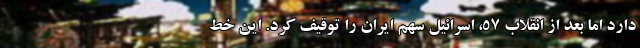
دارد اما بعد از انقلاب 57، اسرائیل سهم ایران را توقیف کرد. این خط